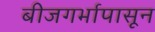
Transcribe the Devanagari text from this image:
बीजगर्भापासून